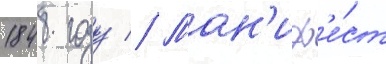
1848 году // Ман'иф'е́ст